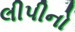
લીપીનો